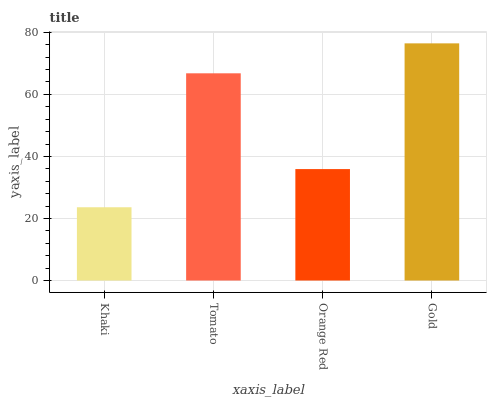
| xaxis_label | bars |
 | --- | --- |
 | Khaki | 23.6 |
 | Tomato | 66.8 |
 | Orange Red | 35.9 |
 | Gold | 76.4 |